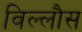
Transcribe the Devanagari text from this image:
विल्लौस